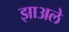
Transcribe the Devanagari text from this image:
झाअले